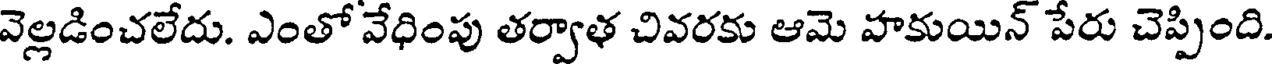
వెల్లడించలేదు. ఎంతో వేధింపు తర్వాళ చివరకు ఆమె హకుయిన్ పేరు చెప్పింది